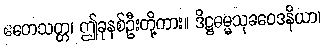
ဧတေသတ္တ၊ ဤခုနစ်ဦးတို့ကား။ ဒိဋ္ဌဓမ္မသုခဝေဒနိယာ၊